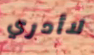
لاأدري